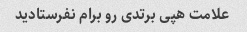
علامت هپی برتدی رو برام نفرستادید